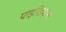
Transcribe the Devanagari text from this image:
पाइरिडाइन्स